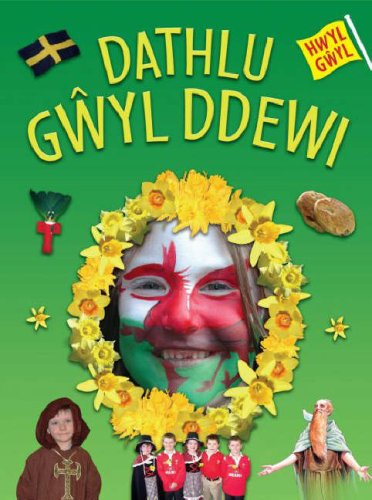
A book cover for Dathlu Gwyl Ddewi (Hwyl Gwyl); Elin Meek; Children's Books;